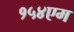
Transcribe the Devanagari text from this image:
१५४एम